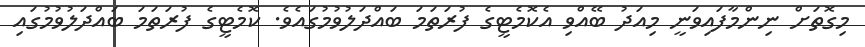
މިގޮތަށް ނިންމާފައިވަނީ މިއަދު ބޭއްވި އެކޮމެޓީގެ ފުރަތަމަ ބައްދަލުވުމުގައެވެ. ކޮމެޓީގެ ފުރަތަމަ ބައްދަލުވުމުގައި